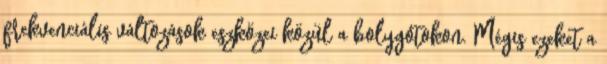
frekvenciális változások eszközei közül a bolygótokon. Mégis ezeket a